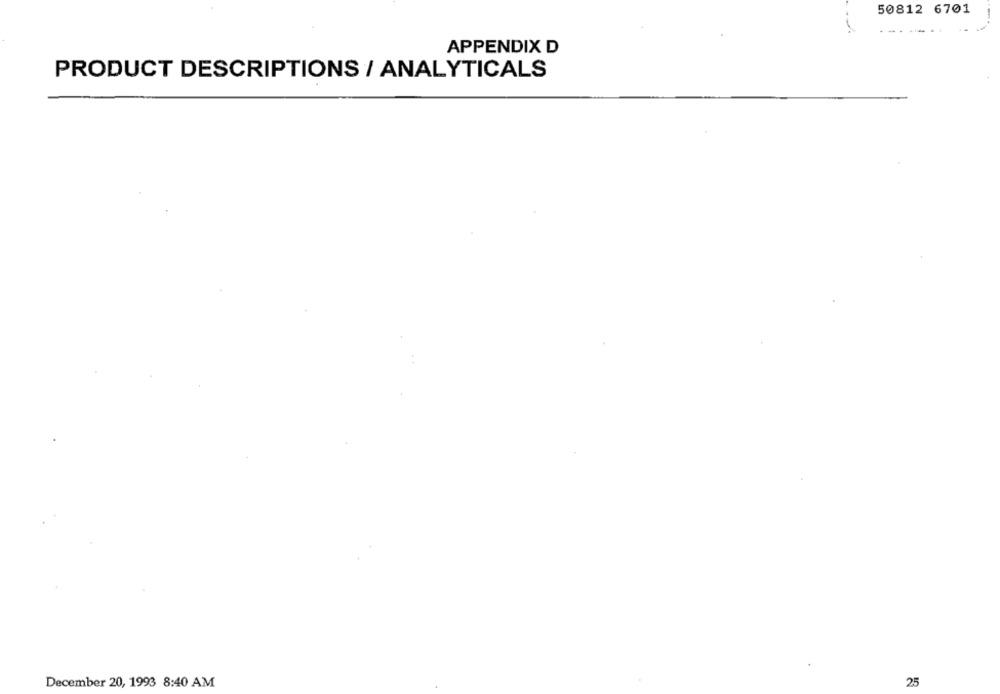
50812 6701
APPENDIX D
PRODUCT DESCRIPTIONS / ANALYTICALS
December 20, 1993 8:40 AM
25